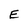
Character: E